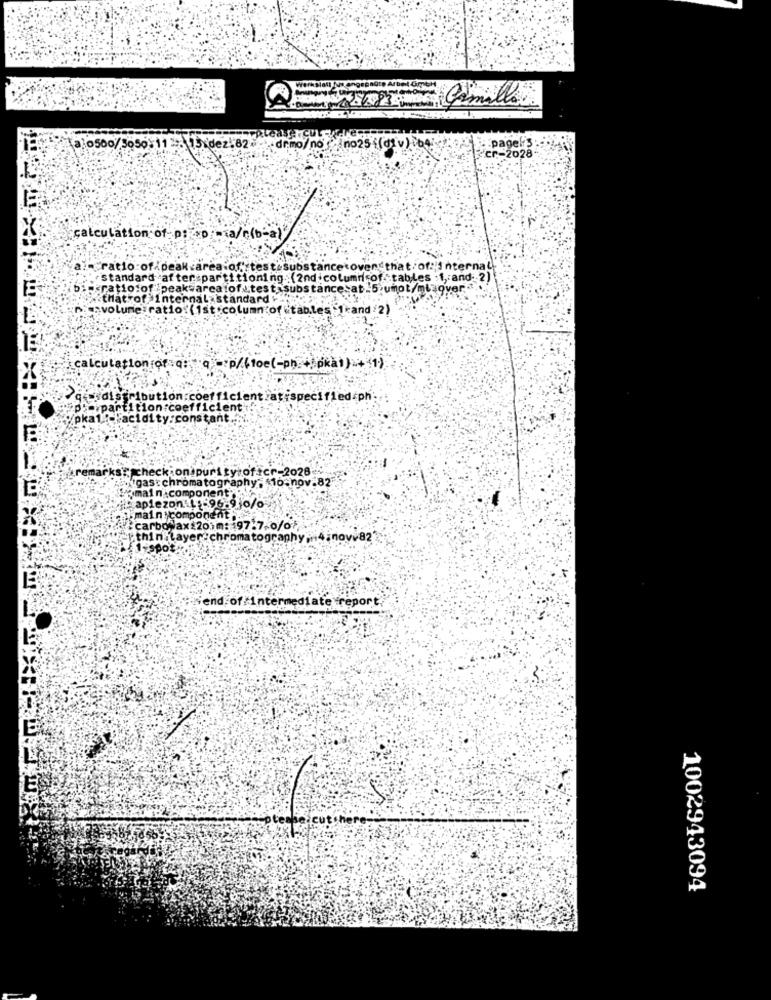
218 Camille
(a)0500/5050-11 :3 15 de2 82.
demo/no , no25 (d v)199
cr-2028
pagel
calculation of p: >> a/c(b-al
al- ratio of peak area of':test substance over that/of: internal
:: standard after partitioning. (2nd column of. tables .1, and- 2)
bis ratio:of peaksarealof.\test. substance_at_5>umot/ml over .....
that of Internal standard +4.
-avolume ratio: (1st .column of "tab.les Ikand/2)
calculation of : q: q =: p/(loe(-ph.+ pka1) +(1)
jesdistribution:coefficient/atispecified/ph:
De partition coefficient;
/pka1! Facidity:constant ..
rks? check on purity of.cr-2028
ichgast chromatography : (10-nov.82
romain component
aplezon 1 96.90/o
main component
carbofax:20 m: 197.7.0/07
thin Layer chromatography ,4inovv82'
1 spot"
end of intermediate report.
1002943094